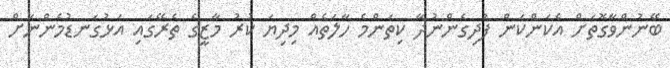
ބޭނުންވާގޮތަށް އެކަންކަން ފުދިގެންނުދާ ކިތަންމެ ހާލަތެއް މިދިޔަ ކުރު މާޒީގެ ތެރޭގައި އަޅުގަނޑުމެންނަށް